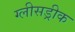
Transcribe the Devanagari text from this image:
ग्लीसड्रीक